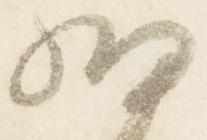
細